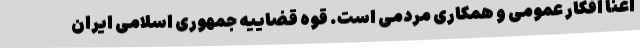
اغنا افکار عمومی و همکاری مردمی است. قوه قضاییه جمهوری اسلامی ایران